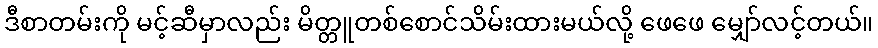
ဒီစာတမ်းကို မင့်ဆီမှာလည်း မိတ္တူတစ်စောင်သိမ်းထားမယ်လို့ ဖေဖေ မျှော်လင့်တယ်။